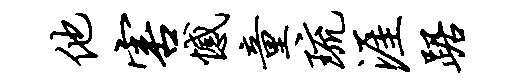
他害憾童琉涯踞